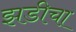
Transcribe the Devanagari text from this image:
झडीचा